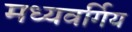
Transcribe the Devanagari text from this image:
मध्यवर्गिय